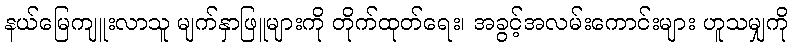
နယ်မြေကျူးလာသူ မျက်နှာဖြူများကို တိုက်ထုတ်ရေး၊ အခွင့်အလမ်းကောင်းများ ဟူသမျှကို